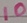
Text: 10